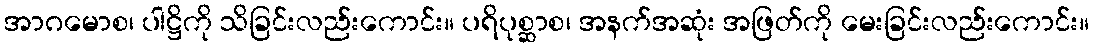
အာဂမောစ၊ ပါဋ္ဌိကို သိခြင်းလည်းကောင်း။ ပရိပုစ္ဆာစ၊ အနက်အဆုံး အဖြတ်ကို မေးခြင်းလည်းကောင်း။